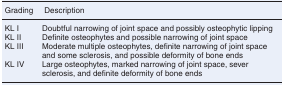
| Grading | Description |
 | --- | --- |
 | KL I | Doubtful narrowing of joint space and possibly osteophytic lipping |
 | KL II | Definite osteophytes and possible narrowing of joint space |
 | KL III | Moderate multiple osteophytes, definite narrowing of joint space and some sclerosis, and possible deformity of bone ends |
 | KL IV | Large osteophytes, marked narrowing of joint space, sever sclerosis, and definite deformity of bone ends |